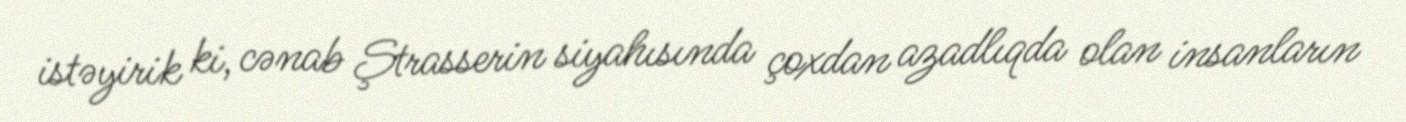
istəyirik ki, cənab Ştrasserin siyahısında çoxdan azadlıqda olan insanların